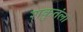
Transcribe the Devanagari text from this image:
शकुतंला